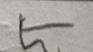
Signature authenticity: forged